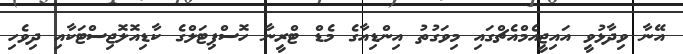
އޭނާ ވިދާޅުވީ އައިޖީއެމްއެޗްގައި މިވަގުތު އިންޑިއާގެ މެޑް ޓްރީނާ ހޮސްޕިޓަލްގެ ކާޑިއޮލޮޖިސްޓަކާއި ދިވެހި